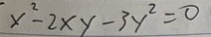
x ^ { 2 } - 2 x y - 3 y ^ { 2 } = 0